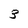
Character: 3